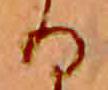
る